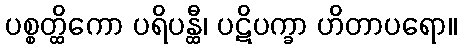
ပစ္စတ္ထိကော ပရိပန္ထီ၊ ပဋိပက္ခာ ဟိတာပရော။